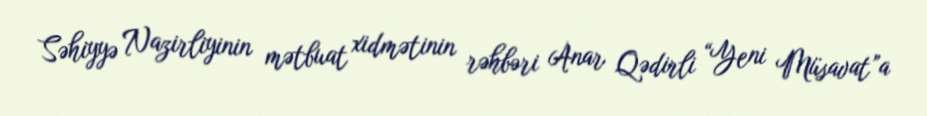
Səhiyyə Nazirliyinin mətbuat xidmətinin rəhbəri Anar Qədirli “Yeni Müsavat”a